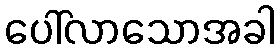
ပေါ်လာသောအခါ